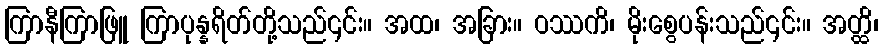
ကြာနီကြာဖြူ ကြာပုန္နရိတ်တို့သည်၎င်း။ အထ၊ အခြား။ ဝဿကိ၊ မိုးစွေပန်းသည်၎င်း။ အတ္ထိ၊